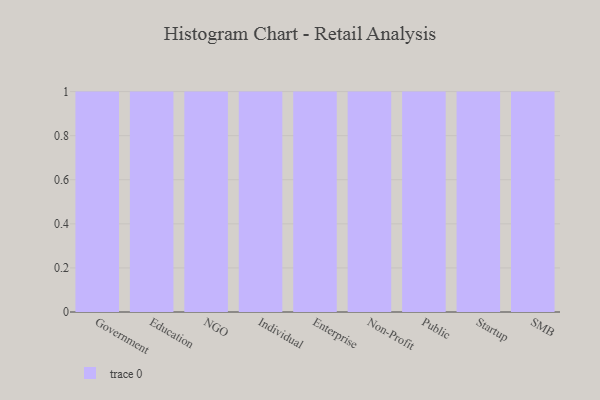
{"axis": {"x": "Segment", "y": "Customer Acquisition Cost (USD)"}, "legend": [""], "data": [{"x": "Government", "y": 23, "type": ""}, {"x": "Education", "y": 62, "type": ""}, {"x": "NGO", "y": 15, "type": ""}, {"x": "Individual", "y": 5, "type": ""}, {"x": "Enterprise", "y": 97, "type": ""}, {"x": "Non-Profit", "y": 36, "type": ""}, {"x": "Public", "y": 50, "type": ""}, {"x": "Startup", "y": 66, "type": ""}, {"x": "SMB", "y": 50, "type": ""}]}